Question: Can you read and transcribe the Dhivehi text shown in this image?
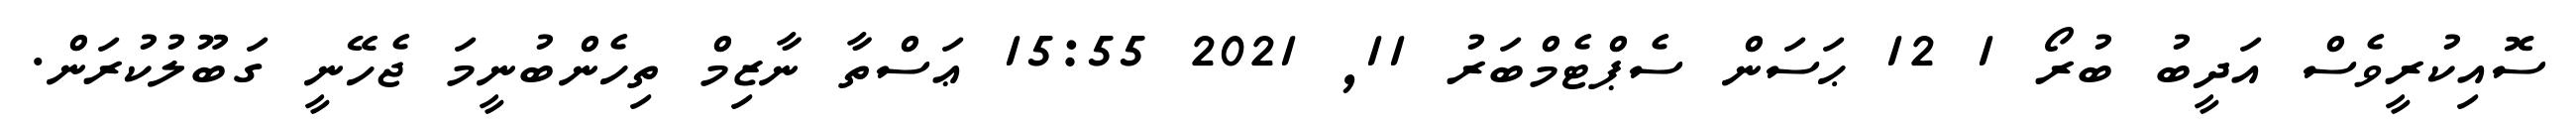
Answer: ސޮއިކުރީވެސް އަދީބު ބުރޯ 1 12 ޙަސަން ސެޕްޓެމްބަރު 11, 2021 15:55 ޢަސްތާ ނާޒިމް ތިހެންބުނީމަ ޖެހޭނީ ގަބޫލުކުރަން.